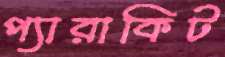
প্যারাকিট